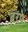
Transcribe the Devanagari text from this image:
बरषे